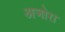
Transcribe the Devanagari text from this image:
अजोरा